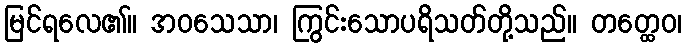
မြင်ရလေ၏။ အဝသေသာ၊ ကြွင်းသောပရိသတ်တို့သည်။ တတ္ထေဝ၊